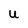
Character: U